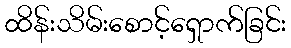
ထိန်းသိမ်းစောင့်ရှောက်ခြင်း